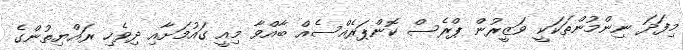
މިފަދަ ނިންމުންތަކަކީ ވަޒީރުން ޕްރެސް ކޮންޕަރެއްސެއް ބާއްވާ މިއީ ގައުމަށާއި ދިވެހި ރައްޔިތުންގެ